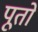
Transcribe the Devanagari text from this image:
पूतों